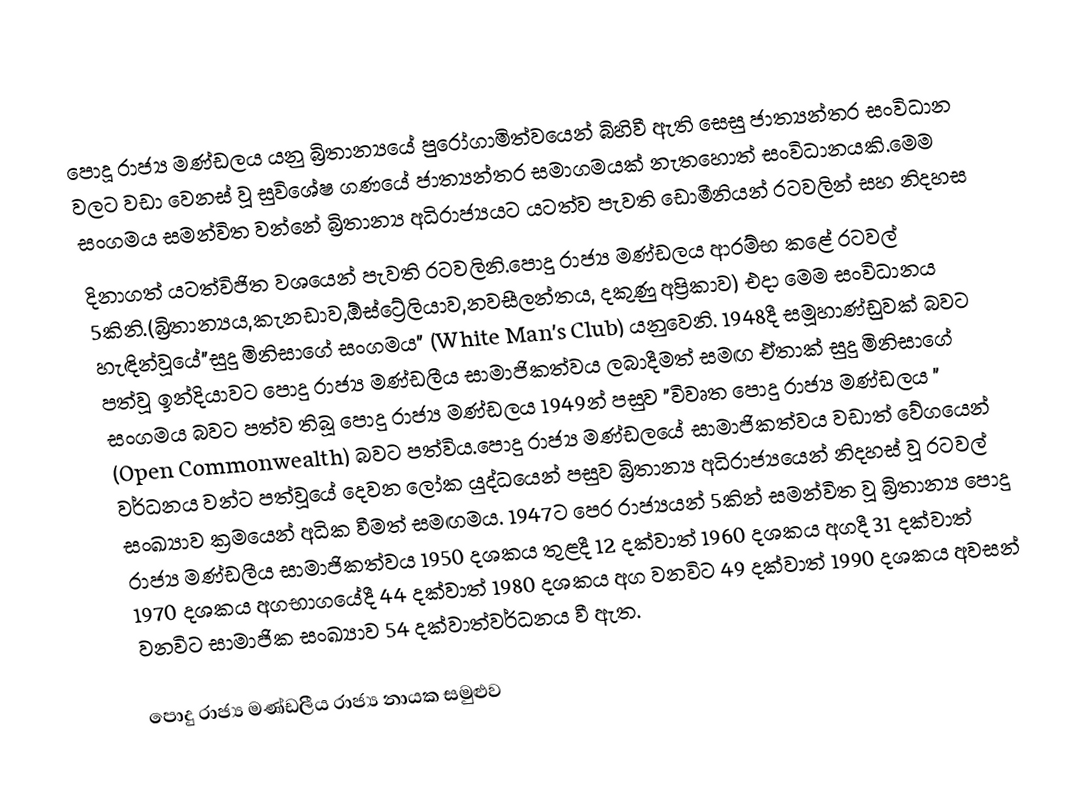
පොදූ රාජ්‍ය මණ්ඩලය යනු බ්‍රිතාන්‍යයේ පුරෝගාමිත්වයෙන් බිහිවී ඇති සෙසු ජාත්‍යන්තර සංවිධාන වලට වඩා වෙනස් වූ සුවිශේෂ ගණයේ ජාත්‍යන්තර සමාගමයක් නැතහොත් සංවිධානයකි.මෙම සංගමය සමන්විත වන්නේ බ්‍රිතාන්‍ය අධිරාජ්‍යයට යටත්ව පැවති ඩොමීනියන් රටවලින් සහ නිදහස
දිනාගත් යටත්විජිත වශයෙන් පැවති රටවලිනි.පොදු රාජ්‍ය මණ්ඩලය ආරම්භ කළේ රටවල් 5කිනි.(බ්‍රිතාන්‍යය,කැනඩාව,ඕස්ට්‍රේලියාව,නවසීලන්තය, දකුණු අප්‍රිකාව) එදා මෙම සංවිධානය හැඳින්වූයේ"සුදු මිනිසාගේ සංගමය" (White Man's Club) යනුවෙනි. 1948දී සමූහාණ්ඩුවක් බවට පත්වූ ඉන්දියාවට පොදු රාජ්‍ය මණ්ඩලීය සාමාජිකත්වය ලබාදීමත් සමඟ ඒතාක් සුදු මිනිසාගේ සංගමය බවට පත්ව තිබූ පොදු රාජ්‍ය මණ්ඩලය 1949න් පසුව "විවෘත පොදු රාජ්‍ය මණ්ඩලය " (Open Commonwealth) බවට පත්විය.පොදු රාජ්‍ය මණ්ඩලයේ සාමාජිකත්වය වඩාත් වේගයෙන් වර්ධනය වන්ට පත්වූයේ දෙවන ලෝක යුද්ධයෙන් පසුව බ්‍රිතාන්‍ය අධිරාජ්‍යයෙන් නිදහස් වූ රටවල් සංඛ්‍යාව ක්‍රමයෙන් අධික වීමත් සමඟමය. 1947ට පෙර රාජ්‍යයන් 5කින් සමන්විත වූ බ්‍රිතාන්‍ය පොදු රාජ්‍ය මණ්ඩලීය සාමාජිකත්වය 1950 දශකය තුළදී 12 දක්වාත් 1960 දශකය අගදී 31 දක්වාත් 1970 දශකය අගභාගයේදී 44 දක්වාත් 1980 දශකය අග වනවිට 49 දක්වාත් 1990 දශකය අවසන් වනවිට සාමාජික සංඛ්‍යාව 54 දක්වාත්වර්ධනය වී ඇත.

පොදු රාජ්‍ය මණ්ඩලීය රාජ්‍ය නායක සමුළුව